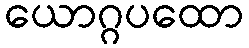
ယောဂ္ဂပထော